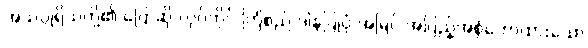
အသပ္ပုရိသတို့၏ ပြောဆို လုပ်ကိုင် ကြံစည် ဒါနပြုပုံ အမြင် အပြည့်အစုံဟောထားသော